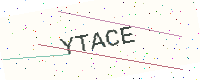
Text: YTACE